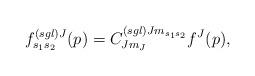
LaTeX: \begin{align*}f_{s_{1}s_{2}}^{\left( sgl\right) J}(p)=C_{Jm_{J}}^{\left( sgl\right)Jm_{s_{1}s_{2}}}f^{J}(p),\end{align*}